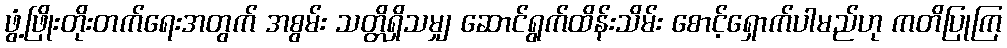
ဖွံ့ဖြိုးတိုးတက်ရေးအတွက် အစွမ်း သတ္တိရှိသမျှ ဆောင်ရွက်ထိန်းသိမ်း စောင့်ရှောက်ပါမည်ဟု ကတိပြုကြ